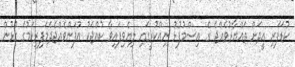
ކުޑަފަރި އީދަށް ތައްޔާރުވެއްޖެ ގެ އިސްމުފުޅު ނިއްކުރީގައި ލިޔެވިފައިވާ ކުއްޖަކު އުފަންވެއްޖެދެމަފިރިކަމުގެ ގުޅުން